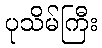
ပုသိမ်ကြီး